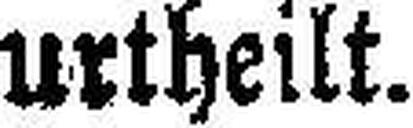
urtheilt.